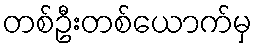
တစ်ဦးတစ်ယောက်မှ